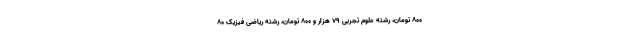
۸۰۰ تومان، رشته علوم تجربی ۷۹ هزار و ۸۰۰ تومان، رشته ریاضی فیزیک ۸۰